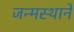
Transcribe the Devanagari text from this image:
जन्मस्थाने